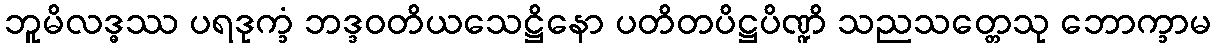
ဘူမိလဒ္ဓဿ ပရဒုက္ခံ ဘဒ္ဒဝတိယသေဋ္ဌိနော ပတိတပိဋ္ဌပိဏ္ဍိ သညသတ္တေသု ဘောက္ခာမ